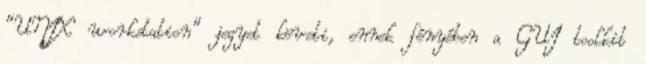
"UNIX workstation" jegyet követi, ennek fényében a GUI toolkit